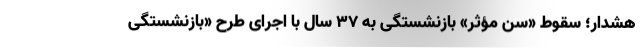
هشدار؛ سقوط «سن مؤثر» بازنشستگی به ۳۷ سال با اجرای طرح «بازنشستگی